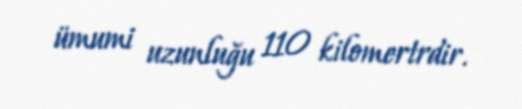
ümumi uzunluğu 110 kilomertrdir.